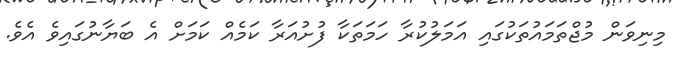
މިނިވަން މުޖްތަމައުތަކުގައި އަމަލުކުރާ ހަމަތަކާ ފުށުއަރާ ކަމެއް ކަމަށް އެ ބަޔާނުގައިވެ އެވެ.